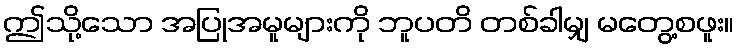
ဤသို့သော အပြုအမူများကို ဘူပတိ တစ်ခါမျှ မတွေ့စဖူး။